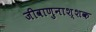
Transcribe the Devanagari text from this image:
जीवाणुनाश्शक